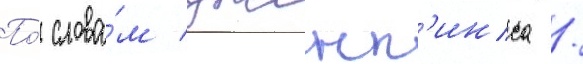
По́ слова́м дженк'инса /